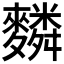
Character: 𪍴